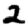
Digit: 2